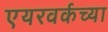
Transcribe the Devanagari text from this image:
एयरवर्कच्या